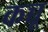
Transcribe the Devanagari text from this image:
कच्चू